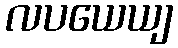
လပယေယျ